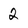
Character: 2